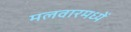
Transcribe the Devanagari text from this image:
मलवारमध्यें